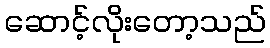
ဆောင့်လိုးတော့သည်